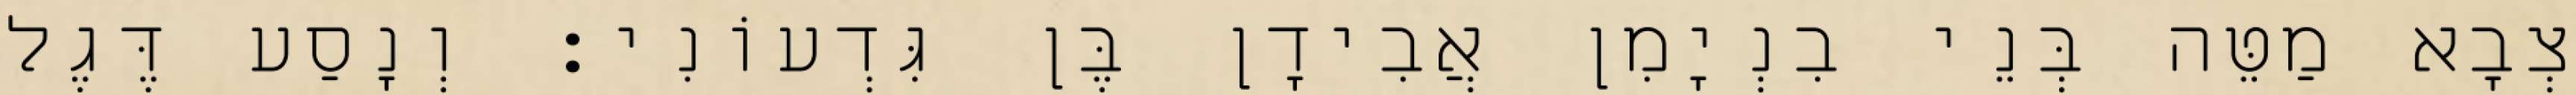
צְבָא מַטֵּה בְּנֵי בִנְיָמִן אֲבִידָן בֶּן גִּדְעוֹנִי׃ וְנָסַע דֶּגֶל